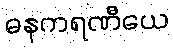
ဓနကရဏီယေ